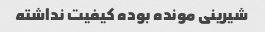
شیرینی مونده بوده کیفیت نداشته